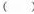
（）